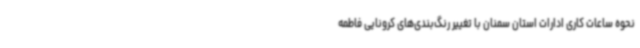
نحوه ساعات کاری ادارات استان سمنان با تغییر رنگ‌بندی‌های کرونایی فاطمه